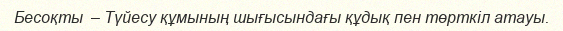
Бесоқты  – Түйесу құмының шығысындағы құдық пен төрткіл атауы.